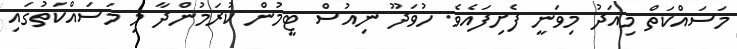
މަސައްކަތް މިއަދު މިވަނީ ފެށިފައެވެ. ހުވަދޫ ނިއުސް ޓީމުން ކުރަމުންދާ މި މަސައްކަތުގައި